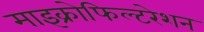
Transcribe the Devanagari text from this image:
माइक्रोफिल्टरेशन